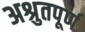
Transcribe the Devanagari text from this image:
अश्रुतपूर्ण